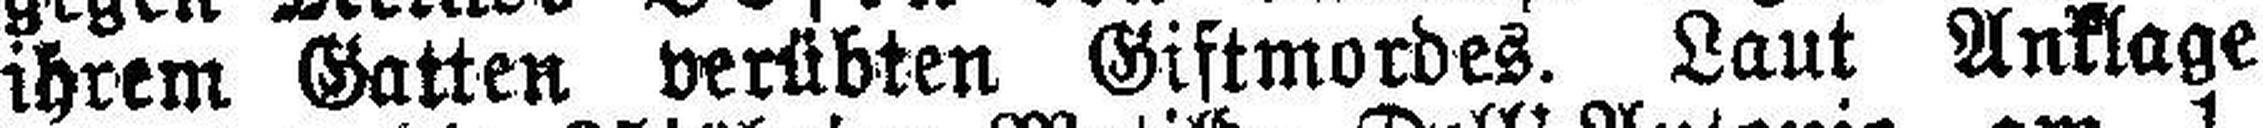
ihrem Gatten verübten Giftmordes. Laut Anklage